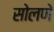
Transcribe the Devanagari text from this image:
सोलणे